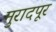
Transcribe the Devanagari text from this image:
मुरादपूर